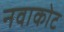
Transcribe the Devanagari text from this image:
नवाकोट